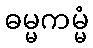
ဓမ္မကမ္မံ